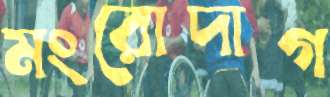
মংরোদাগ